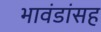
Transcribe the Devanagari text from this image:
भावंडांसह